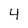
Character: 4